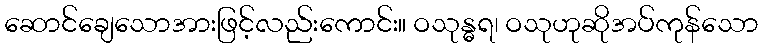
ဆောင်ချေသောအားဖြင့်လည်းကောင်း။ ဝသုန္ဓရ၊ ဝသုဟုဆိုအပ်ကုန်သော